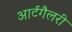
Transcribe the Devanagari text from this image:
आर्टगैलरी